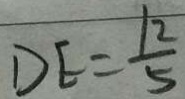
D E = \frac { 1 2 } { 5 }